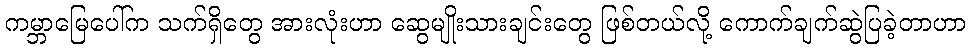
ကမ္ဘာမြေပေါ်က သက်ရှိတွေ အားလုံးဟာ ဆွေမျိုးသားချင်းတွေ ဖြစ်တယ်လို့ ကောက်ချက်ဆွဲပြခဲ့တာဟာ